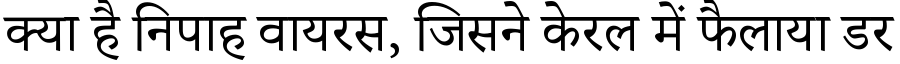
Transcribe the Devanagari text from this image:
क्या है निपाह वायरस, जिसने केरल में फैलाया डर